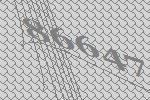
86647